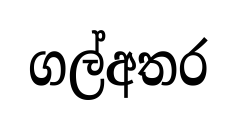
ගල්අතර